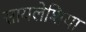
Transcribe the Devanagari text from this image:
सायलेशिया